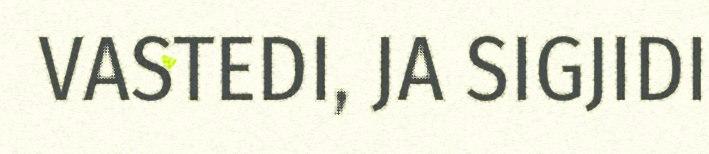
VASTEDI, JA SIGJIDI